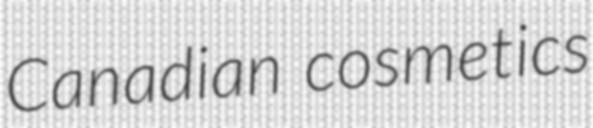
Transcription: Canadian cosmetics